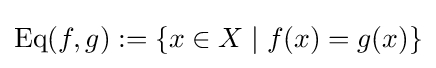
\operatorname {Eq} (f,g):=\{x\in X\mid f(x)=g(x)\}